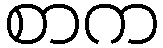
စာက